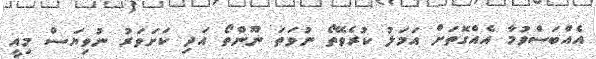
އެއްބަސްވުމާ އެއްގޮތަށް އަމަލު ކުރެވޭތޯ ނުވަތަ ނޫންތޯ އަދި ކަށަވަރު ނުވިޔަސް މިއީ